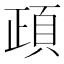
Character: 頙